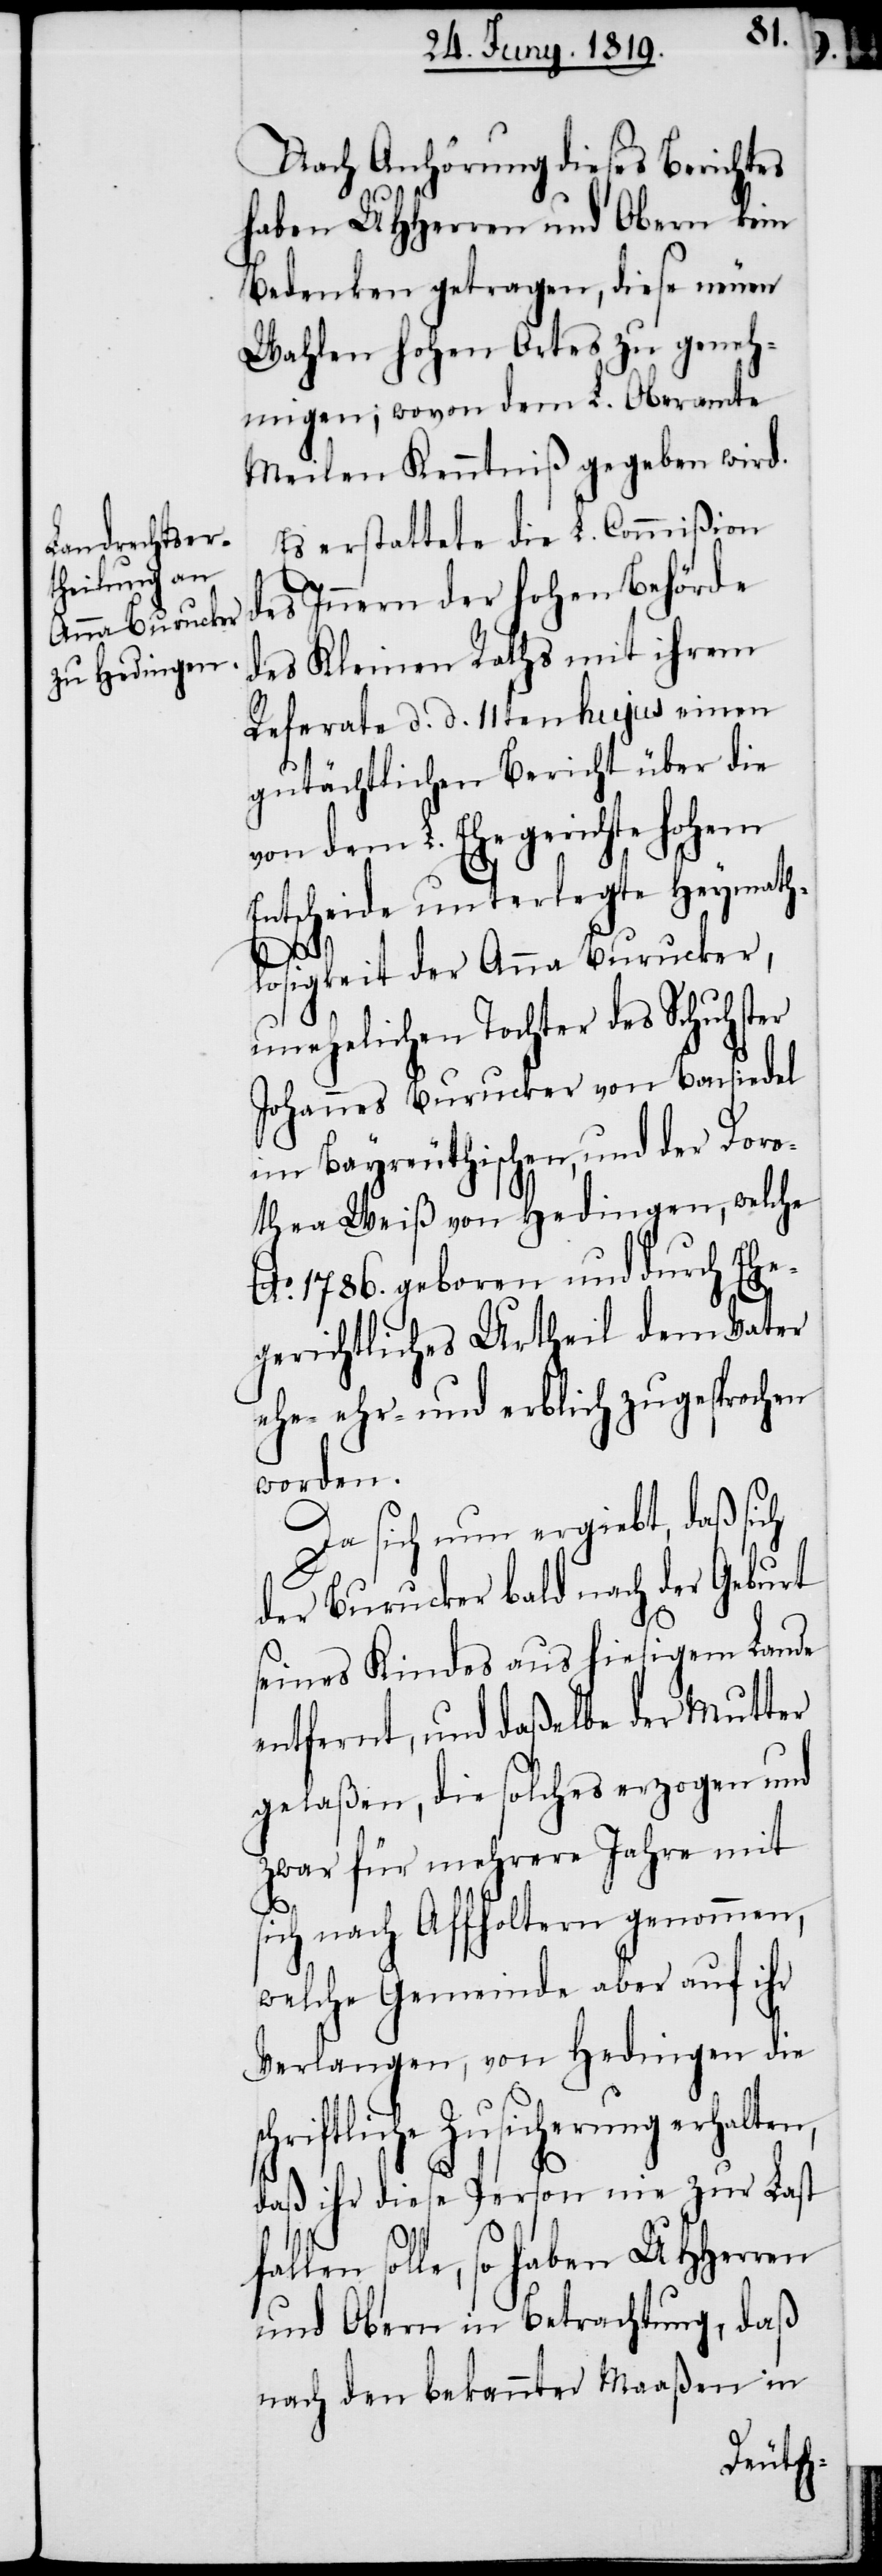
Nach Anhörung dieses Berichtes
haben UHHerren und Obern kein
Bedenken getragen, diese neuen
Wahlen hohen Ortes zu geneh¬
migen; wovon dem L. Oberamte
Meilen Kenntniß gegeben wird.
Es erstattete die L. Commißion
des Innern der hohen Behörde
des Kleinen Raths mit ihrem
Referate d. d. 11ten hujus einen
gutächtlichen Bericht über die
von dem L. Ehegerichte hohem
Entscheide unterlegte Heymath¬
sc¬
losigkeit der Anna Burucker,
unehelichen Tochter des Schuhster
Johannes Burucker von Barsiedel
im Bayreuthischen, und der Doro¬
thea Weiß von Hedingen, welche
Ao. 1786. geboren und durch Ehe¬
gerichtliches Urtheil dem Vater
ehe- ehr- und erblich zugesprochen
worden.
Da sich nun ergiebt, daß sich
der Burucker bald nach der Geburt
seines Kindes aus hiesigem Lande
entfernt, und daßelbe der Mutter
gelaßen, die solches erzogen und
zwar für mehrere Jahre mit
sich nach Affholtern genommen,
welche Gemeinde aber auf ihr
Verlangen, von Hedingen die
hriftliche Zusicherung erhalten,
daß ihr diese Person nie zur Last
solle, so haben UHHerren
und Obern in Betrachtung, daß
nach den bekannter Maaßen in